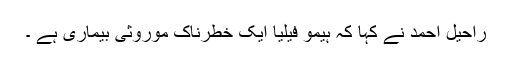
راحیل احمد نے کہا کہ ہیمو فیلیا ایک خطرناک موروثی بیماری ہے ۔